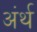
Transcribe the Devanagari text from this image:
अंर्थ